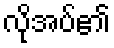
လိုအပ်၏